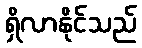
ရှိလာနိုင်သည်